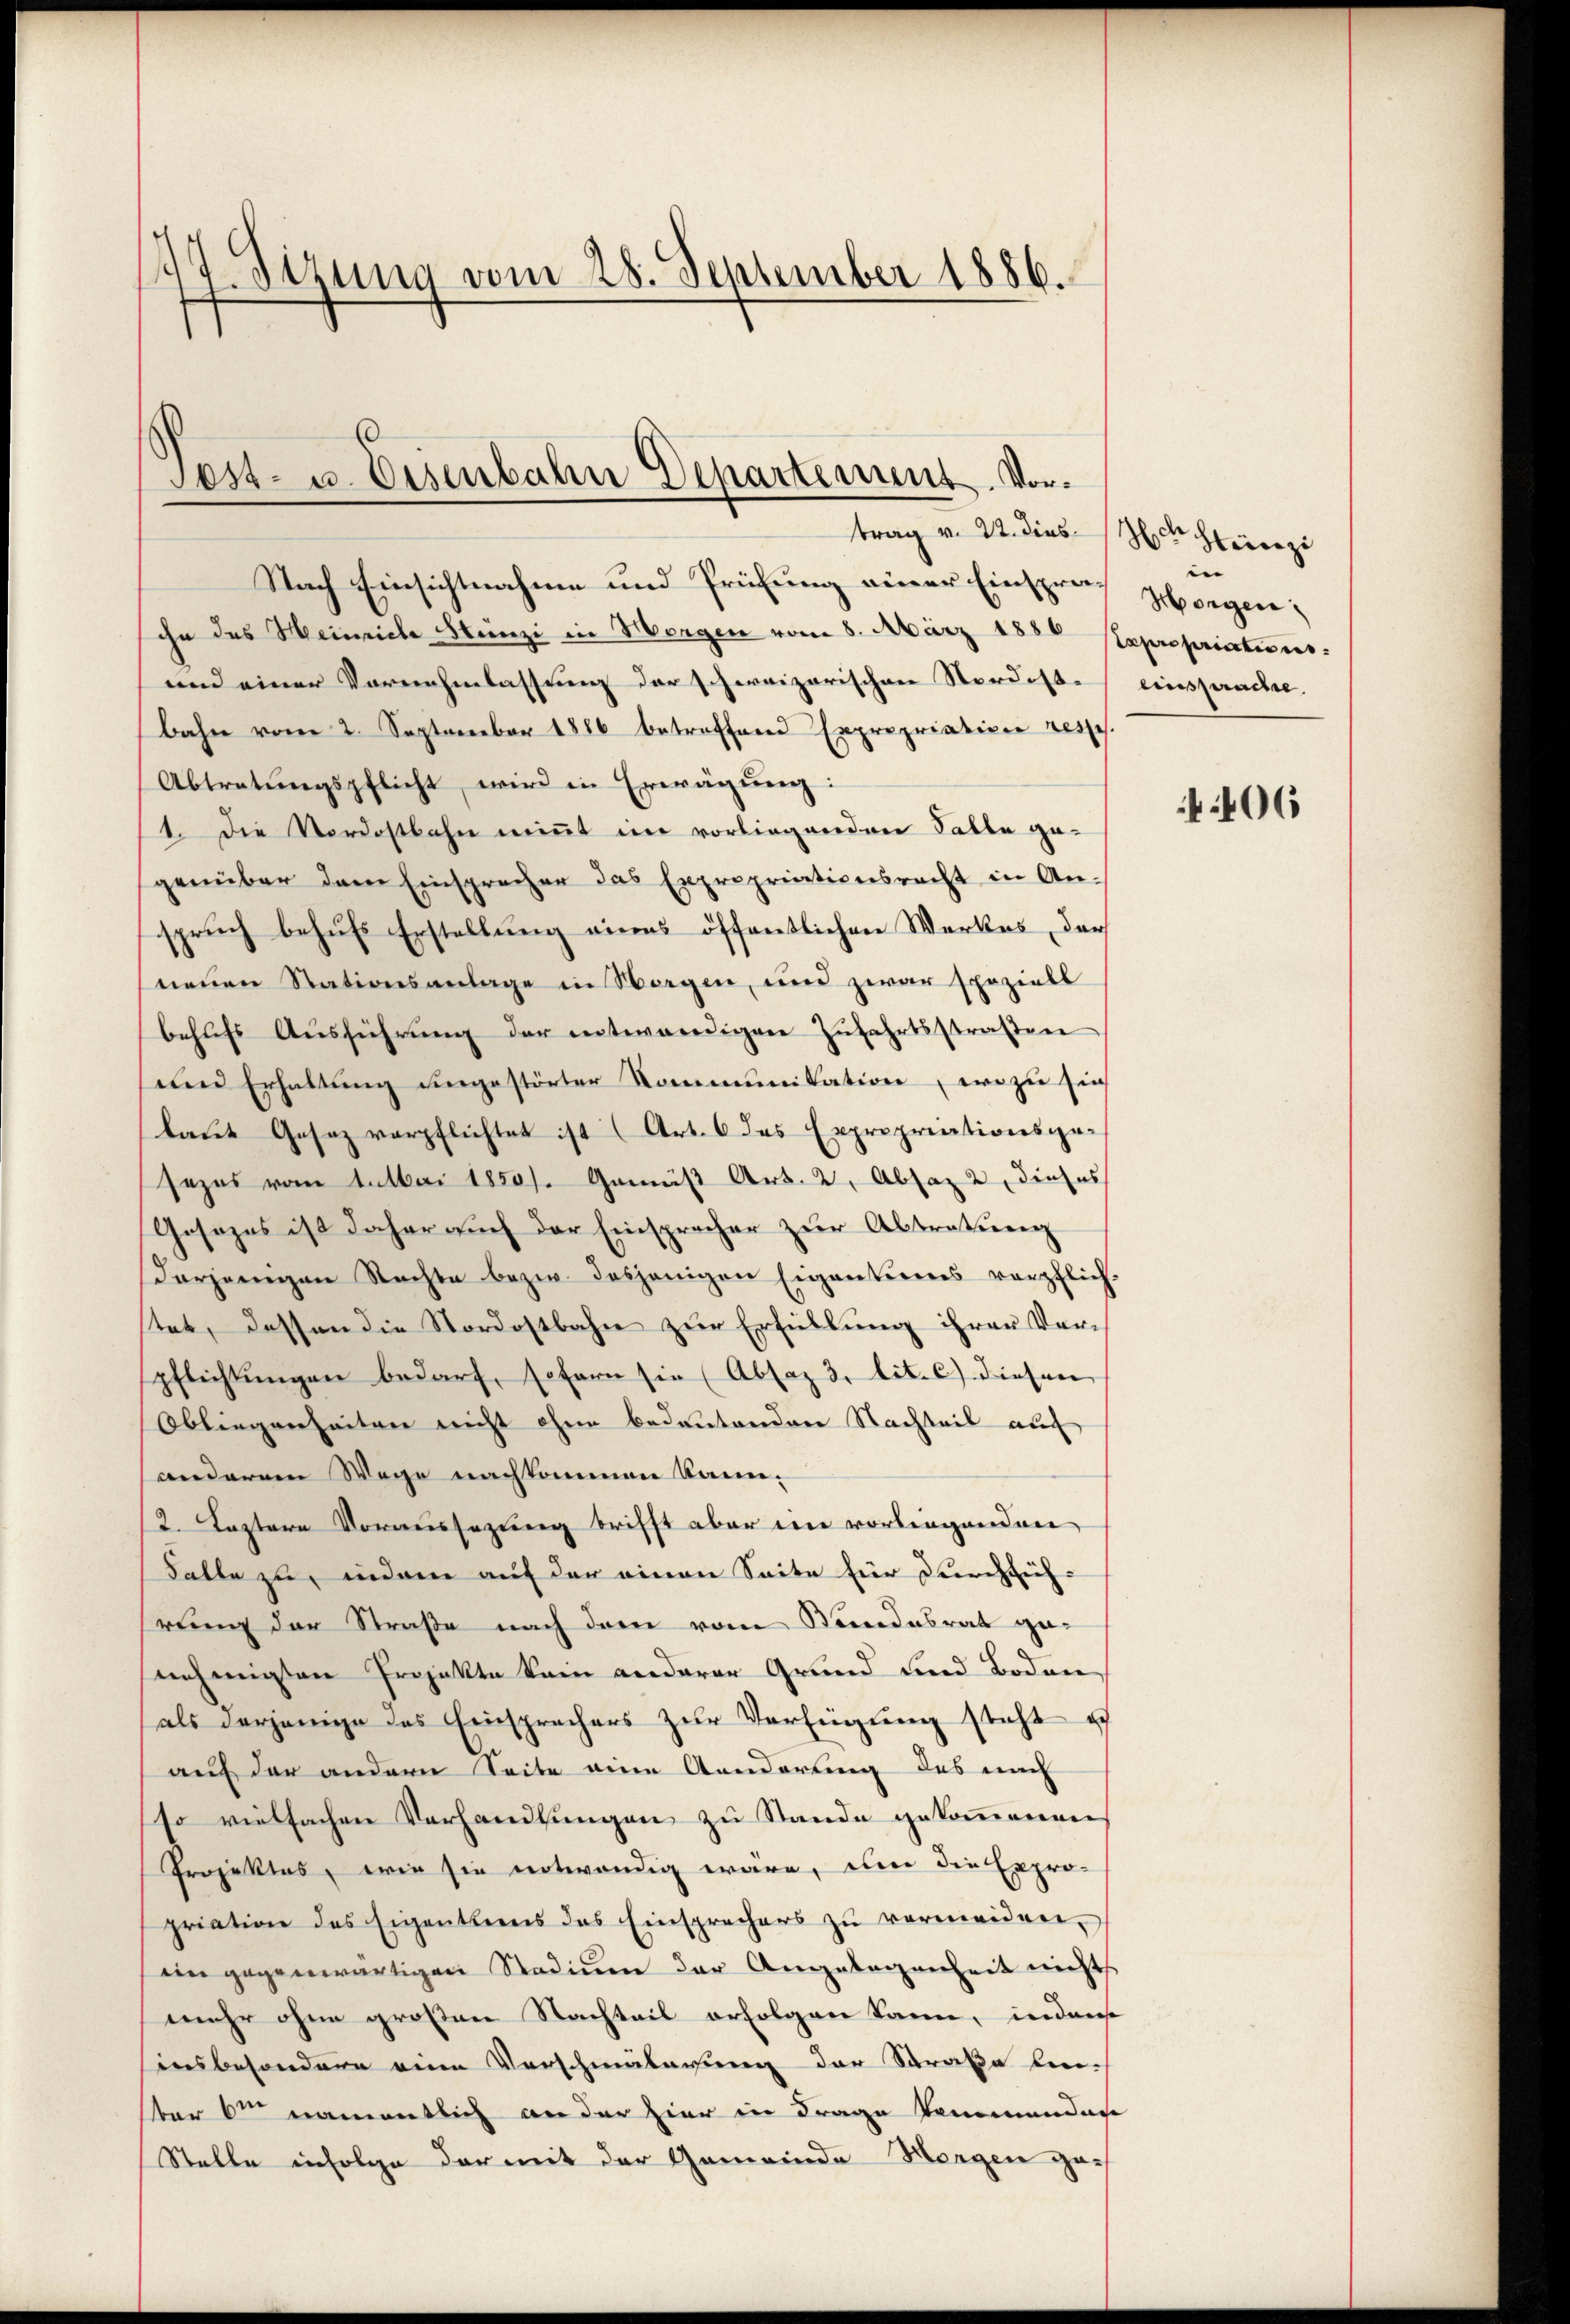
.
14. Sizung vom 28. September 1886.

Nach Einsichtnahme und Prüfung einer Einspraihn des Heinriche Stünzi in Morgen vom 8. März 1850 Expropriations-
und einer Verein Einlassung der schweizerischen Nordostbahn vom 2. September 1886 betreffend Expropriation resses.
Abtretungspflicht, wird in Erwägung:
1. Die Vordostbahn nimmt im vorliegenden Falle ge-
genüber dem Einsprecher das Expropriationsrecht in Anspruch behufs Erstellung eines öffentlichen Werkes, der
neuen Stationsanlage in Sorgen, und zwar speziell
behŭfs Aŭsführŭng der entwendigen Zŭfahrtsstraßen
und Erhaltung ungestörter Kommunikation, wozu sich
laut Gesetz verpflichtet ist (Art. 6 des Expropriationsgesezes vom tatbai 1850/. Gemäß Art. 2, Absaz 2, dieses
Gesezes ist daher auch der Einspracher zur Abtretung
derjenigen Nachte bezw. dasjenigen Eigentiones verpflich-
tet, dessen die Nordostbahn zur Erfüllung ihrer Ver-
pflichtungen bedarf, sofern sie (Absaz 3. lit. c) diesen
Obliegenheiten nicht ohne bedeutenden Nachteil auch
anderem Wege nachkommen kann.
2. Leztere Voraussezung trifft aber im vorliegenden
Falle zu, indem auf der einen Seite für Durchsich
rung der Straße nach dem vom Bundesrat genehmigten Projekte kein anderer Grund und Boden
als derjenige des Einsprechers zur Verfügung steht ich
auf der andern Seite eine Aenderung des nach
so vielfachen Verhandlungen zu Stande gekommenen
Projektes, wie sie notwendig wäre, um die Expro-
priation des Eigenthens das Einsprechers zŭ vermeiden.
ein gegenwärtigen Stadium der Angelegenheit nichts
mehr ohne großen Nachteil erfolgen kann, inders
insbesondere eine Verschmälerung der Straße lie-
er 6ten namentlich an der hier in Frage kommendan
Stelle infolge der mit der Gemeinde Morgen ge¬

Sost- u. Eisenbahn Departement. Vortrag v. 22. dies

Herr Hunzi
 |
Morgen
einsprachte.

406